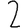
Digit: 2